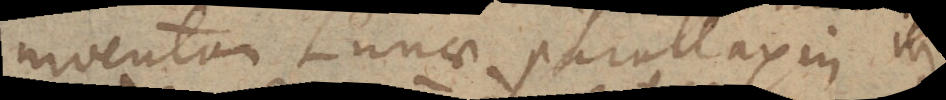
inventam Lunae parallaxin in